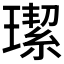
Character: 𤩦